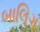
બાલિગ